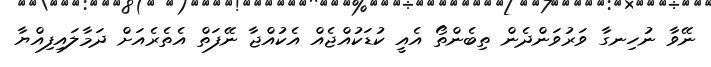
ނޭވާ ނުހިނގާ ވަރުވަންދެން ތިބެންތޯ އެއީ ކުޑަކުއްޖެއް އެކުއްޖާ ނޭފަތް އެތެރެއަށް ދަމާލައިފިއްޔާ